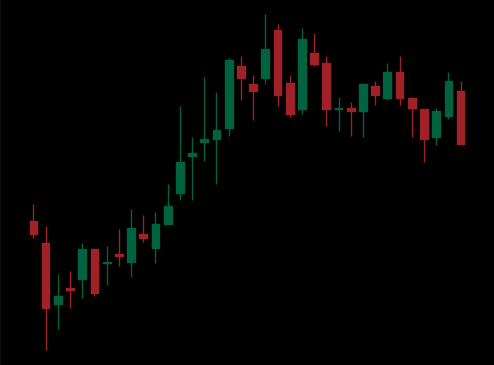
Pattern: bear_flag